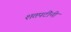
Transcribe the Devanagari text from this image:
शतपटींनी